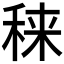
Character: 𥟂